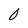
Character: 0